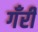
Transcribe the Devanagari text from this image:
गँरी